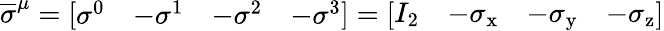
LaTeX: {\overline{{\sigma}}}^{\mu}={\left[\begin{array}{llll}{\sigma^{0}}&{-\sigma^{1}}&{-\sigma^{2}}&{-\sigma^{3}}\end{array}\right]}={\left[\begin{array}{llll}{I_{2}}&{-\sigma_{\mathrm{x}}}&{-\sigma_{\mathrm{y}}}&{-\sigma_{\mathrm{z}}}\end{array}\right]}